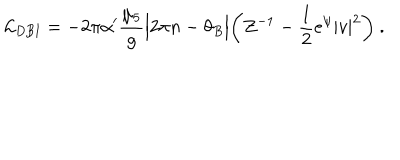
LaTeX: { \cal L } _ { \mathrm { D B I } } = - 2 \pi \alpha ^ { \prime } \frac { \mu _ { 5 } } { g } \Bigl | 2 \pi n - \theta _ { B } \Bigr | \biggl ( Z ^ { - 1 } - \frac { 1 } { 2 } e ^ { \psi } | v | ^ { 2 } \biggr ) \ .